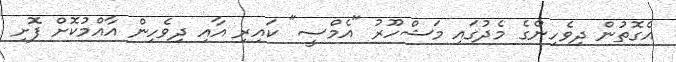
އެގޮތުން ދިވެހިންގެ މެދުގައި މަޝްހޫރު "އެމްސީ" ކައިރި އާއި ދިވެހިން އާއްމުކޮށް ފޮށި